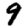
Digit: 9